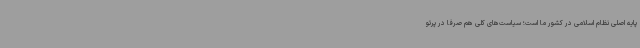
پایه اصلی نظام اسلامی در کشور ما است؛ سیاست‌های کلی هم صرفاً در پرتو